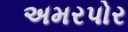
અમરપોર